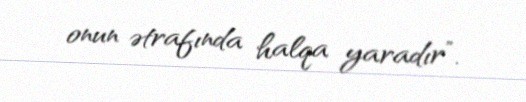
onun ətrafında halqa yaradır”.